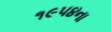
૧૯૫૪ના